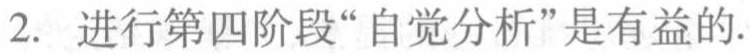
2. 进行第四阶段“自觉分析”是有益的.